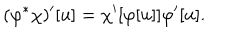
LaTeX: ( \varphi ^ { * } \chi ) ^ { \prime } [ u ] = \chi ^ { \prime } [ \varphi [ u ] ] \varphi ^ { \prime } [ u ] .